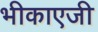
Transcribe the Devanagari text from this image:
भीकाएजी